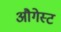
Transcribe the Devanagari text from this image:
औगेस्ट